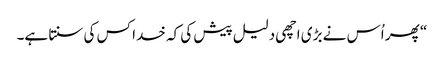
‏“‏ پھر اُس نے بڑی اچھی دلیل پیش کی کہ خدا کس کی سنتا ہے۔